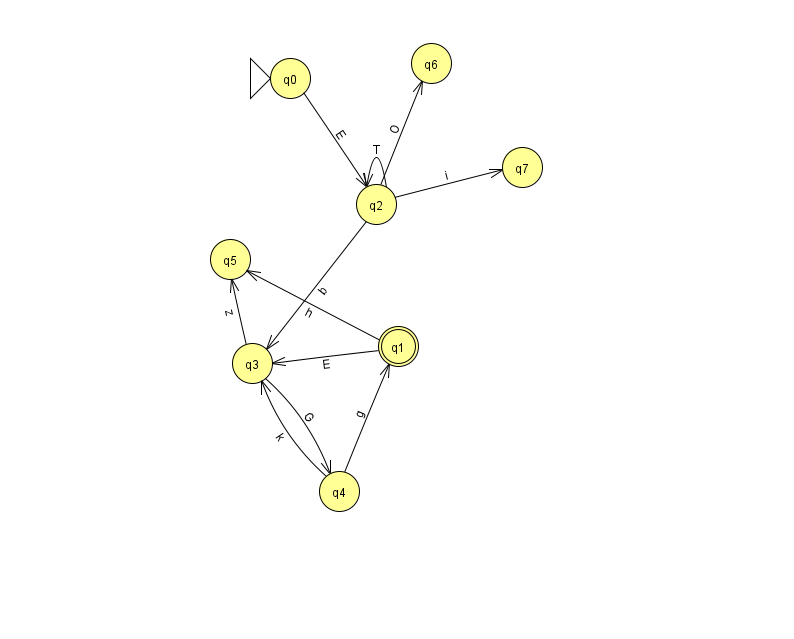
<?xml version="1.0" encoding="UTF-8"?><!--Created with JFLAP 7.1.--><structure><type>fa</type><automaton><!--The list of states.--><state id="0" name="q0"><x>290.0</x><y>65.0</y><initial/></state><state id="1" name="q1"><x>398.0</x><y>333.0</y><final/></state><state id="2" name="q2"><x>376.0</x><y>191.0</y></state><state id="3" name="q3"><x>252.0</x><y>350.0</y></state><state id="4" name="q4"><x>339.0</x><y>478.0</y></state><state id="5" name="q5"><x>230.0</x><y>246.0</y></state><state id="6" name="q6"><x>431.0</x><y>50.0</y></state><state id="7" name="q7"><x>522.0</x><y>154.0</y></state><!--The list of transitions.--><transition><from>2</from><to>3</to><read>b</read></transition><transition><from>3</from><to>5</to><read>z</read></transition><transition><from>1</from><to>5</to><read>h</read></transition><transition><from>0</from><to>2</to><read>E</read></transition><transition><from>2</from><to>2</to><read>T</read></transition><transition><from>2</from><to>6</to><read>O</read></transition><transition><from>1</from><to>3</to><read>E</read></transition><transition><from>3</from><to>4</to><read>G</read></transition><transition><from>4</from><to>1</to><read>g</read></transition><transition><from>4</from><to>3</to><read>k</read></transition><transition><from>2</from><to>7</to><read>i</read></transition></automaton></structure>